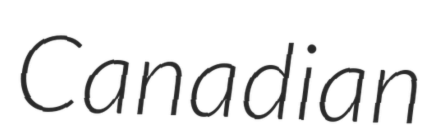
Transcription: Canadian